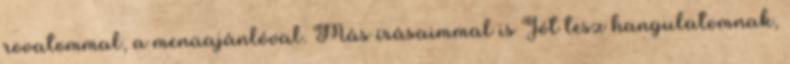
rovatommal, a menüajánlóval. Más írásaimmal is Jót tesz hangulatomnak,